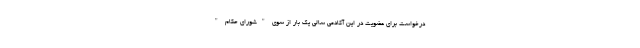
درخواست‌ برای عضویت در این آکادمی سالی یک بار از سوی "شورای حکام "